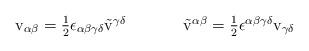
LaTeX: \begin{align*}\begin{array}{cc}{\rm v}_{\alpha\beta}=\textstyle{\frac{1}{2}}\epsilon_{\alpha\beta\gamma\delta}\tilde{{\rm v}}^{\gamma\delta}~~~~&~~~~\tilde{{\rm v}}^{\alpha\beta}=\textstyle{\frac{1}{2}}\epsilon^{\alpha\beta\gamma\delta}{\rm v}_{\gamma\delta}\end{array}\end{align*}